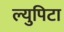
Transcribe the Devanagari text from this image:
ल्युपिटा